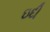
ઇદી